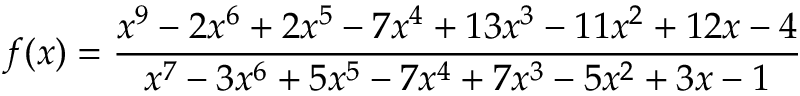
f ( x ) = { \frac { x ^ { 9 } - 2 x ^ { 6 } + 2 x ^ { 5 } - 7 x ^ { 4 } + 1 3 x ^ { 3 } - 1 1 x ^ { 2 } + 1 2 x - 4 } { x ^ { 7 } - 3 x ^ { 6 } + 5 x ^ { 5 } - 7 x ^ { 4 } + 7 x ^ { 3 } - 5 x ^ { 2 } + 3 x - 1 } }